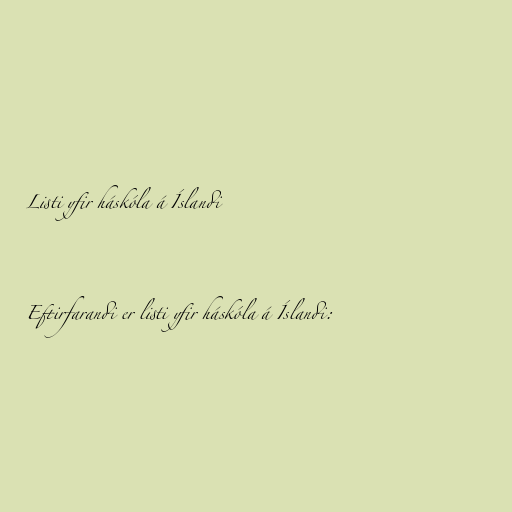
Listi yfir háskóla á Íslandi

Eftirfarandi er listi yfir háskóla á Íslandi: